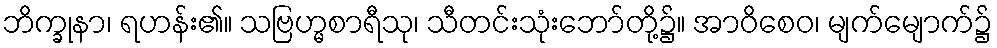
ဘိက္ခုနာ၊ ရဟန်း၏။ သဗြဟ္မစာရီသု၊ သီတင်းသုံးဘော်တို့၌။ အာဝိစေဝ၊ မျက်မျောက်၌